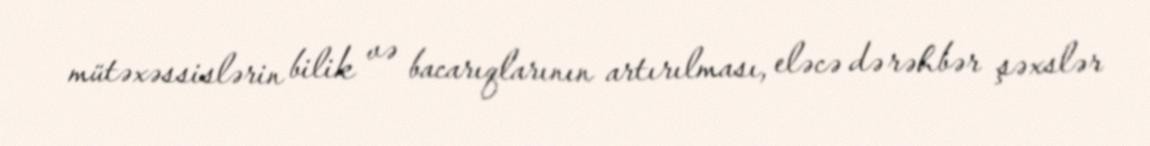
mütəxəssislərin bilik və bacarıqlarının artırılması, eləcə də rəhbər şəxslər